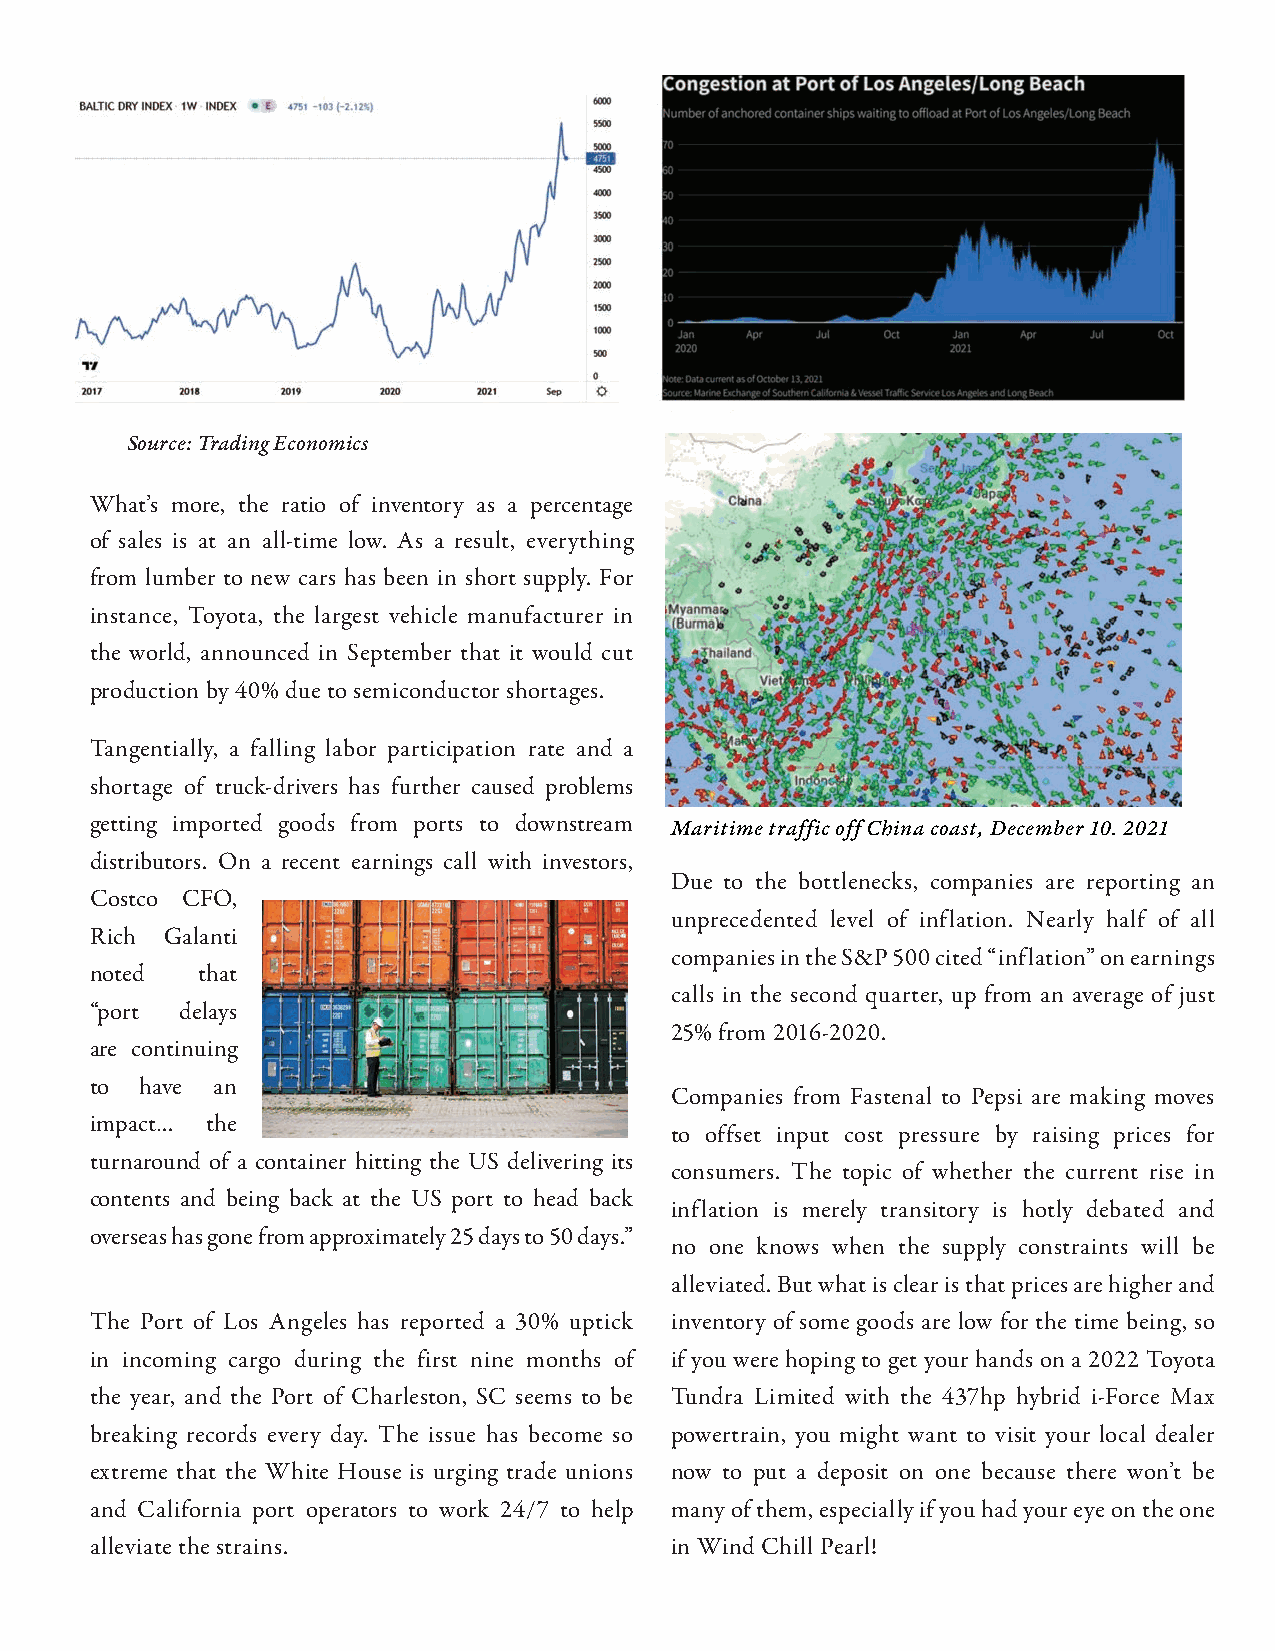
Source: Trading Economics
 What’s more, the ratio of inventory as a percentage
 of sales is at an all-time low. As a result, everything
 from lumber to new cars has been in short supply. For
 instance, Toyota, the largest vehicle manufacturer in
 the world, announced in September that it would cut
 production by 40% due to semiconductor shortages.
 Tangentially, a falling labor participation rate and a
 shortage of truck-drivers has further caused problems
 getting imported goods from ports to downstream
 Maritime traffic off China coast, December 10. 2021
 distributors. On a recent earnings call with investors,
 Due to the bottlenecks, companies are reporting an
 Costco CFO,
 unprecedented level of inflation. Nearly half of all
 Rich Galanti
 companies in the S&P 500 cited “inflation” on earnings
 noted  that
 calls in the second quarter, up from an average of just
 “port delays
 25% from 2016-2020.
 are continuing
 to have an
 Companies from Fastenal to Pepsi are making moves
 impact… the
 to offset input cost pressure by raising prices for
 turnaround of a container hitting the US delivering its
 consumers. The topic of whether the current rise in
 contents and being back at the US port to head back
 inflation is merely transitory is hotly debated and
 overseas has gone from approximately 25 days to 50 days.”
 no one knows when the supply constraints will be
 alleviated. But what is clear is that prices are higher and
 The Port of Los Angeles has reported a 30% uptick inventory of some goods are low for the time being, so
 in incoming cargo during the first nine months of if you were hoping to get your hands on a 2022 Toyota
 the year, and the Port of Charleston, SC seems to be Tundra Limited with the 437hp hybrid i-Force Max
 breaking records every day. The issue has become so powertrain, you might want to visit your local dealer
 extreme that the White House is urging trade unions now to put a deposit on one because there won’t be
 and California port operators to work 24/7 to help many of them, especially if you had your eye on the one
 alleviate the strains.                in Wind Chill Pearl!